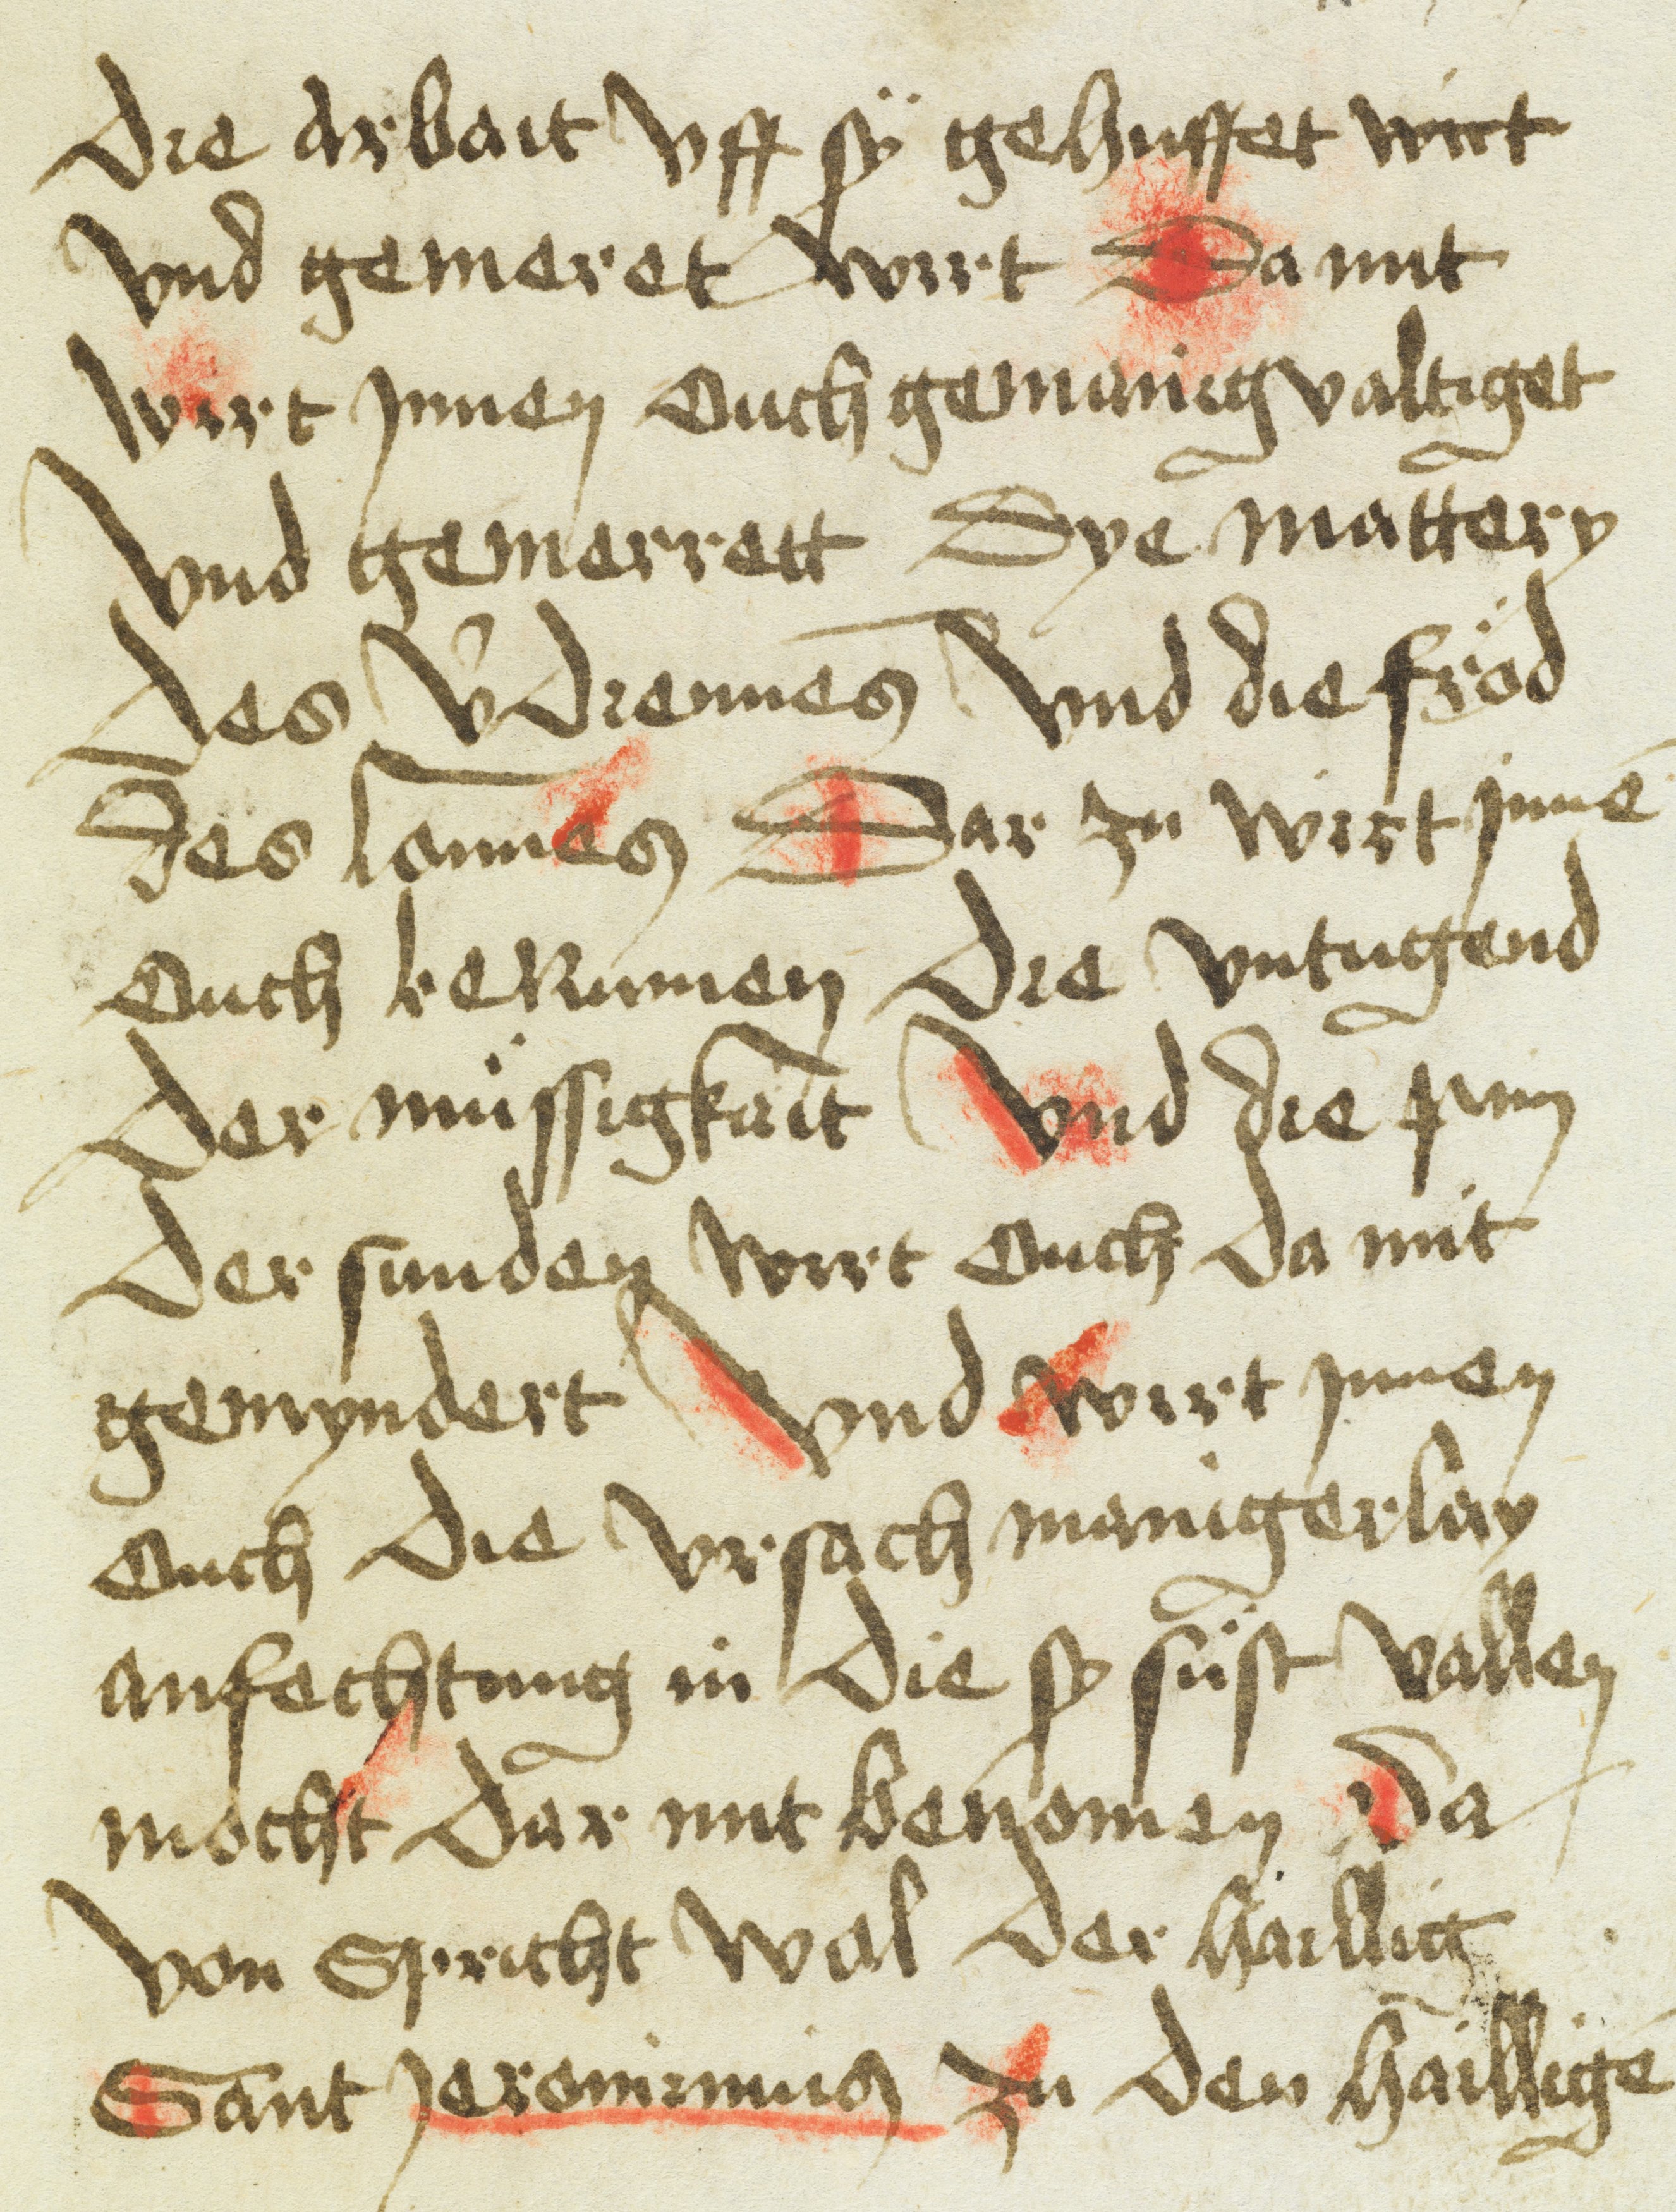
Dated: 1400–1499